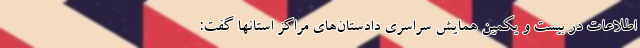
اطلاعات در بیست و یکمین همایش سراسری دادستان‌های مراکز استانها گفت: